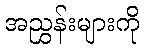
အညွှန်းများကို